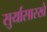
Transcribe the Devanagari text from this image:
सुर्यासारखें